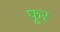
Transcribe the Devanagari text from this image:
फूर